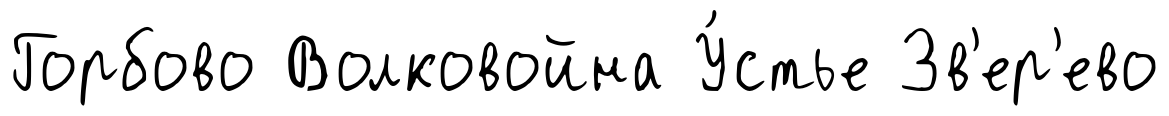
Горбово Волковойна У́стье Зв'ер'ево